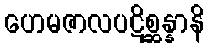
ဟေမဇာလပဋိစ္ဆန္နာနိ